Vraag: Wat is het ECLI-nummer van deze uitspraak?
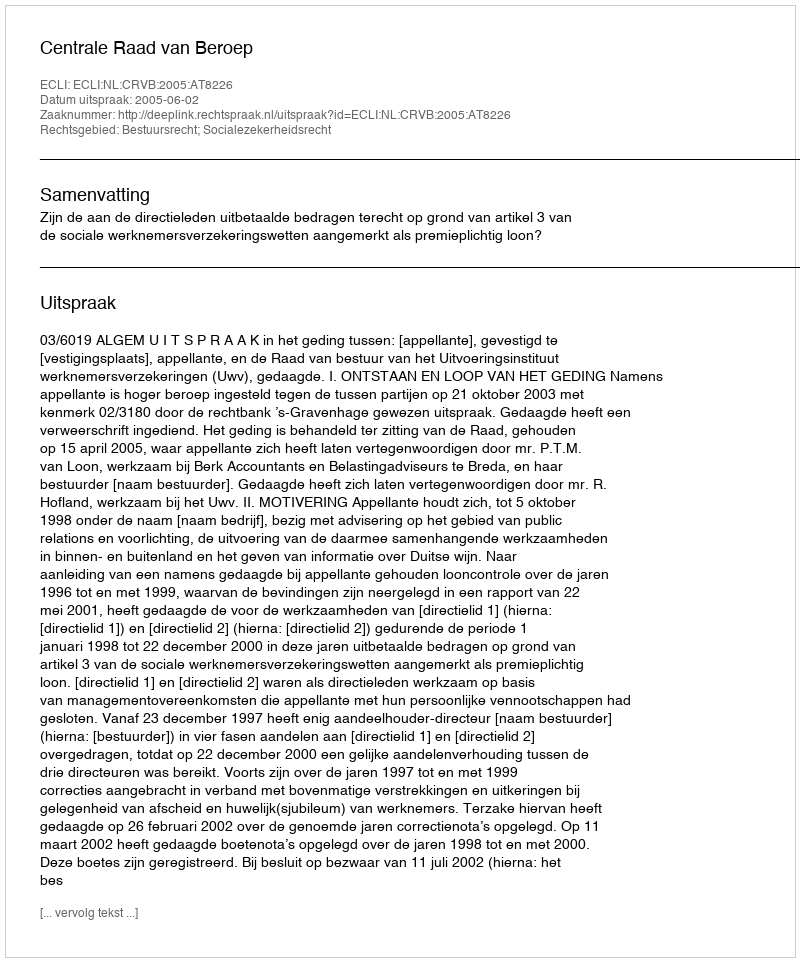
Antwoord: ECLI:NL:CRVB:2005:AT8226